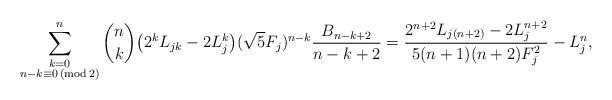
LaTeX: \begin{align*} \sum_{\substack{k=0 \\ n - k \equiv 0 \,(\mathrm {mod} \,2)}}^n \binom{n}{k} \big ( 2^k L_{jk} - 2 L_j^k \big ) (\sqrt{5} F_j)^{n-k} \frac{B_{n-k+2}}{n-k+2}= \frac{2^{n+2}L_{j(n+2)}-2L_j^{n+2}}{5(n+1)(n+2)F_j^2} - L_j^n, \end{align*}